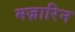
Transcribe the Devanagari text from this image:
मज़ारिन